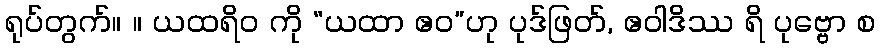
ရုပ်တွက်။ ။ ယထရိဝ ကို “ယထာ ဧဝ”ဟု ပုဒ်ဖြတ်, ဧဝါဒိဿ ရိ ပုဗ္ဗော စ